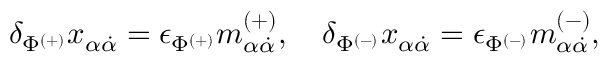
\delta _ { \Phi ^ { ( + ) } } x _ { \alpha \dot { \alpha } } = \epsilon _ { \Phi ^ { ( + ) } } m _ { \alpha \dot { \alpha } } ^ { ( + ) } , \quad \delta _ { \Phi ^ { ( - ) } } x _ { \alpha \dot { \alpha } } = \epsilon _ { \Phi ^ { ( - ) } } m _ { \alpha \dot { \alpha } } ^ { ( - ) } ,